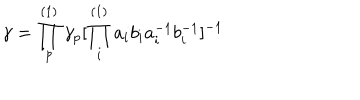
\gamma = \prod _ { p } ^ { ( 1 ) } \gamma _ { p } [ \prod _ { i } ^ { ( 1 ) } a _ { i } b _ { i } a _ { i } ^ { - 1 } b _ { i } ^ { - 1 } ] ^ { - 1 }